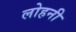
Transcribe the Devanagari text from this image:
लोहनी